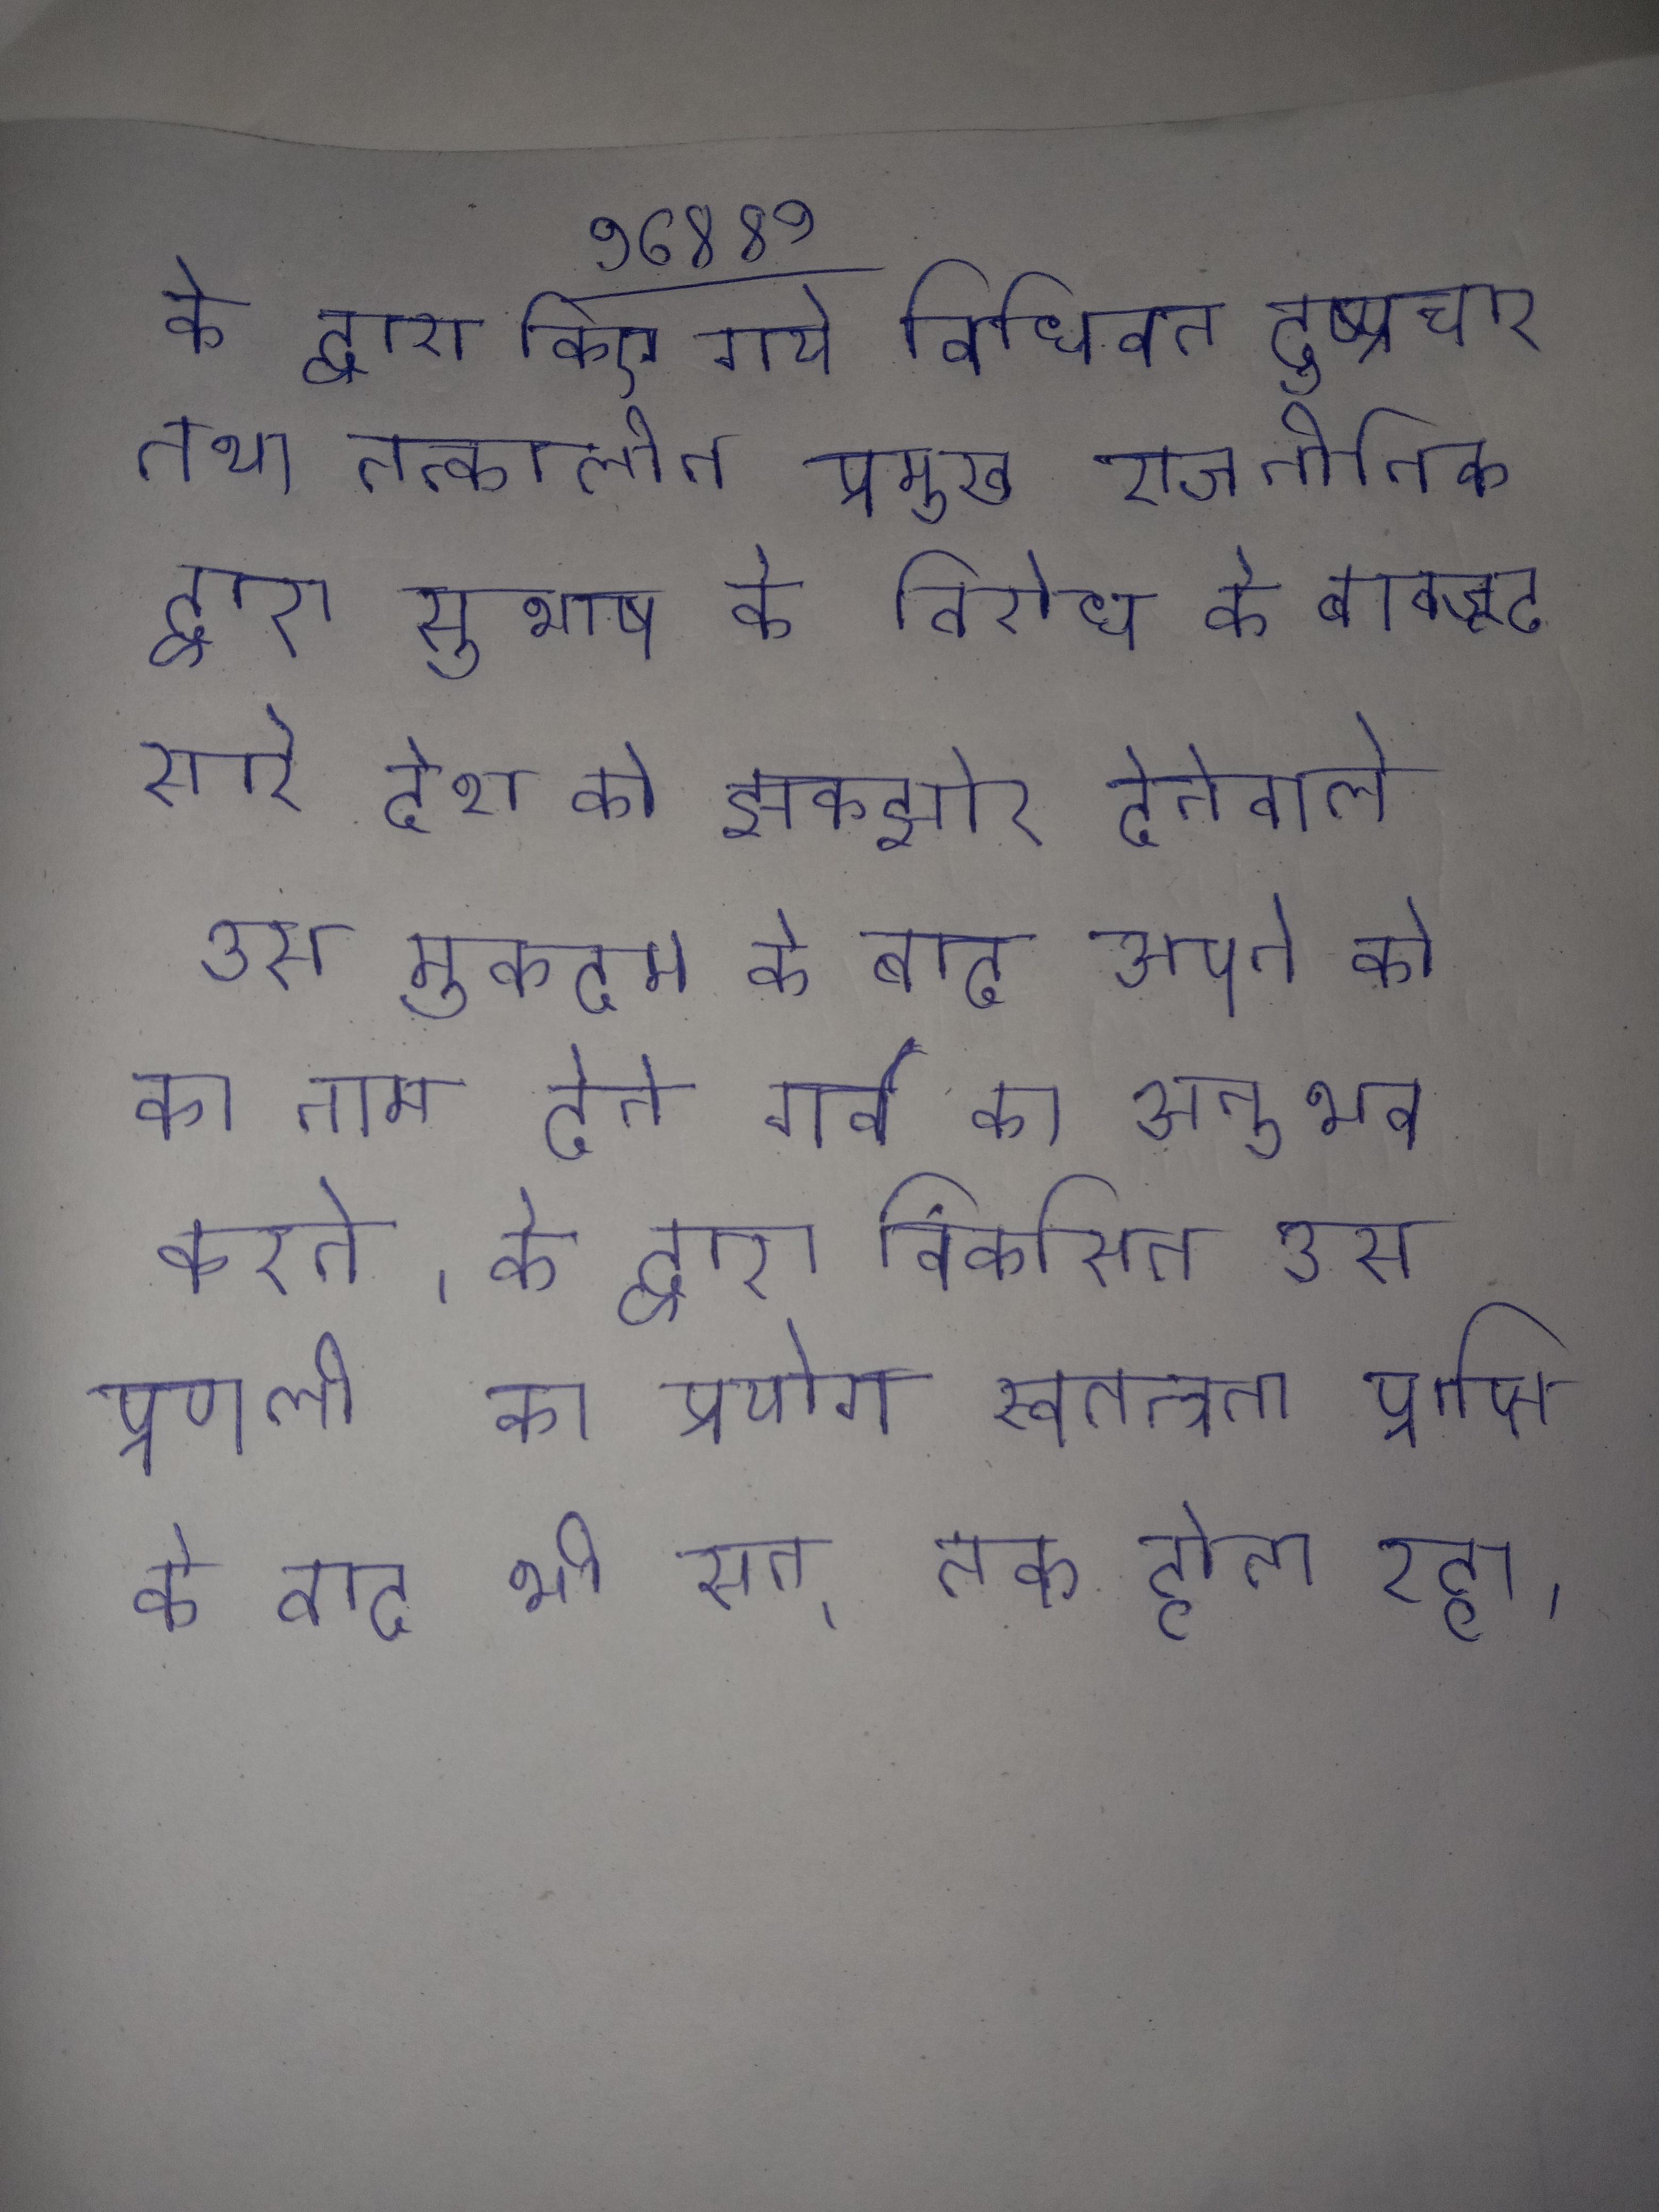
के द्वारा किए गये विधिवत दुष्प्रचार तथा तत्कालीन प्रमुख राजनीतिक द्वारा सुभाष के विरोध के बावजूद सारे देश को झकझोर देनेवाले उस मुकदमे के बाद अपने को का नाम देने गर्व का अनुभव करने । के द्वारा विकसित उस प्रणाली का प्रयोग स्वतन्त्रता प्राप्ति के बाद भी सन् तक होता रहा ।